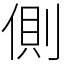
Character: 側